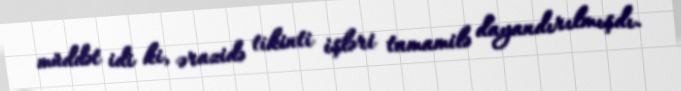
müddət idi ki, ərazidə tikinti işləri tamamilə dayandırılmışdı.